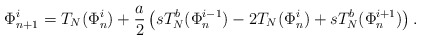
\begin{align*}\Phi_{n+1}^i=T_N(\Phi_n^i)+\frac{a}{2} \left(sT_N^b(\Phi_n^{i-1})-2T_N(\Phi_n^i)+sT_N^b(\Phi_n^{i+1}) \right) .\end{align*}